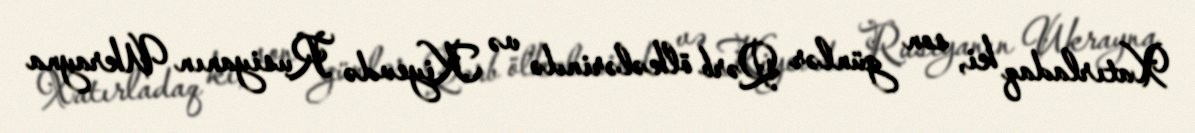
Xatırladaq ki, son günlər Qərb ölkələrində və Kiyevdə Rusiyanın Ukrayna